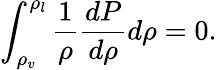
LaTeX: \int_{\rho_{v}}^{\rho_{l}}\frac{1}{\rho}\frac{dP}{d\rho}d\rho=0.